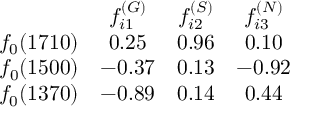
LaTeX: \begin{array} { c c c c } { { } } & { { f _ { i 1 } ^ { ( G ) } } } & { { f _ { i 2 } ^ { ( S ) } } } & { { f _ { i 3 } ^ { ( N ) } } } \\ { { f _ { 0 } ( 1 7 1 0 ) } } & { { 0 . 2 5 } } & { { 0 . 9 6 } } & { { 0 . 1 0 } } \\ { { f _ { 0 } ( 1 5 0 0 ) } } & { { - 0 . 3 7 } } & { { 0 . 1 3 } } & { { - 0 . 9 2 } } \\ { { f _ { 0 } ( 1 3 7 0 ) } } & { { - 0 . 8 9 } } & { { 0 . 1 4 } } & { { 0 . 4 4 } } \end{array}